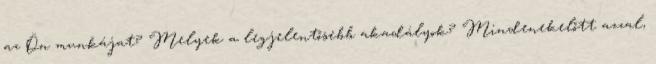
az Ön munkájat? Melyek a legjelentősebb akadályok? Mindenekelőtt azzal,